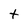
Character: t